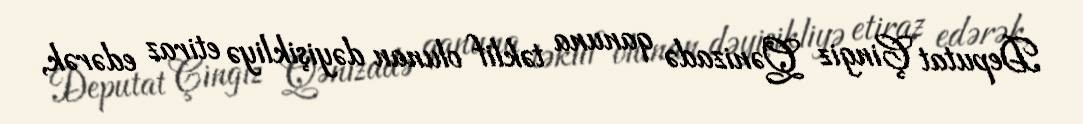
Deputat Çingiz Qənizadə qanuna təklif olunan dəyişikliyə etiraz edərək,